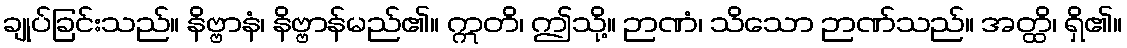
ချုပ်ခြင်းသည်။ နိဗ္ဗာနံ၊ နိဗ္ဗာန်မည်၏။ ဣတိ၊ ဤသို့။ ဉာဏံ၊ သိသော ဉာဏ်သည်။ အတ္ထိ၊ ရှိ၏။